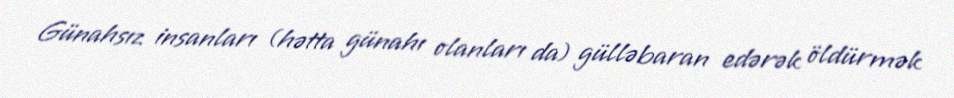
Günahsız insanları (hətta günahı olanları da) gülləbaran edərək öldürmək